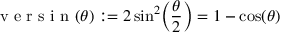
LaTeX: { \textrm { v e r s i n } } ( \theta ) : = 2 \sin ^ { 2 } \! \left( { \frac { \theta } { 2 } } \right) = 1 - \cos ( \theta )